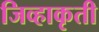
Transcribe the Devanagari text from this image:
जिव्हाकृती